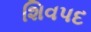
શિવપદ